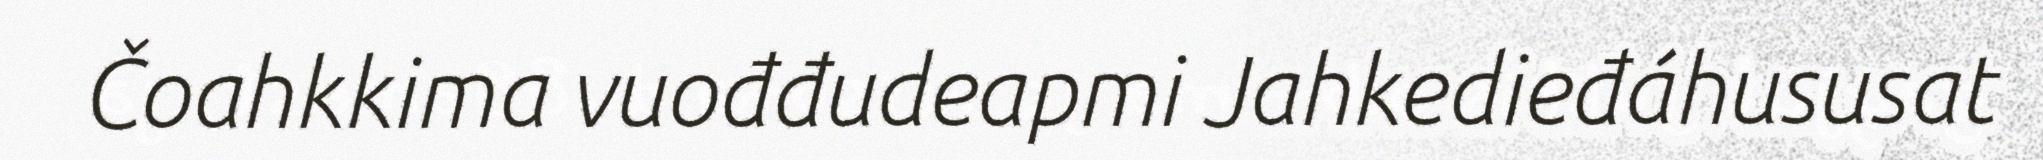
Čoahkkima vuođđudeapmi Jahkedieđáhususat